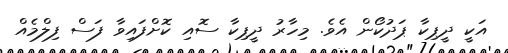
އަކީ ދީޕިކާ ޕަދުކޯން އެވެ. މިހާރު ދީޕިކާ ސޮއި ކޮށްފައިވާ ފަސް ފިލްމެއް